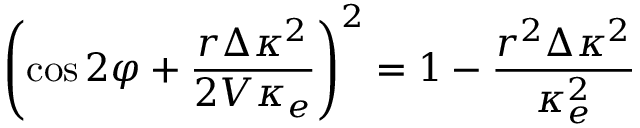
\left( \cos 2 \varphi + \frac { r \Delta \kappa ^ { 2 } } { 2 V \kappa _ { e } } \right) ^ { 2 } = 1 - \frac { r ^ { 2 } \Delta \kappa ^ { 2 } } { \kappa _ { e } ^ { 2 } }